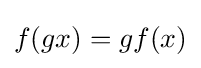
f(gx)=gf(x)